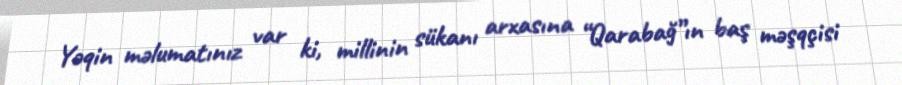
Yəqin məlumatınız var ki, millinin sükanı arxasına “Qarabağ”ın baş məşqçisi